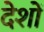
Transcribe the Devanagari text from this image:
देशों